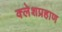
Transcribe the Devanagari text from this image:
क्लेशप्रहाण